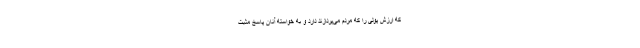
که ارزش پولی را که مردم می‌پردازند دارد و به خواسته آنان پاسخ مثبت